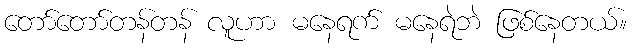
တော်တော်တန်တန် လူဟာ မနေရက် မနေရဲဘဲ ဖြစ်နေတယ်။